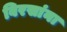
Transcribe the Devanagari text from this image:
बिरसांना